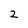
Character: 2